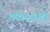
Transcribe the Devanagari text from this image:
४षोडशश्री